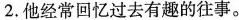
2.他经常回忆过去有趣的往事。